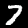
Digit: 7